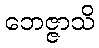
ဘေဇ္ဇာသိ